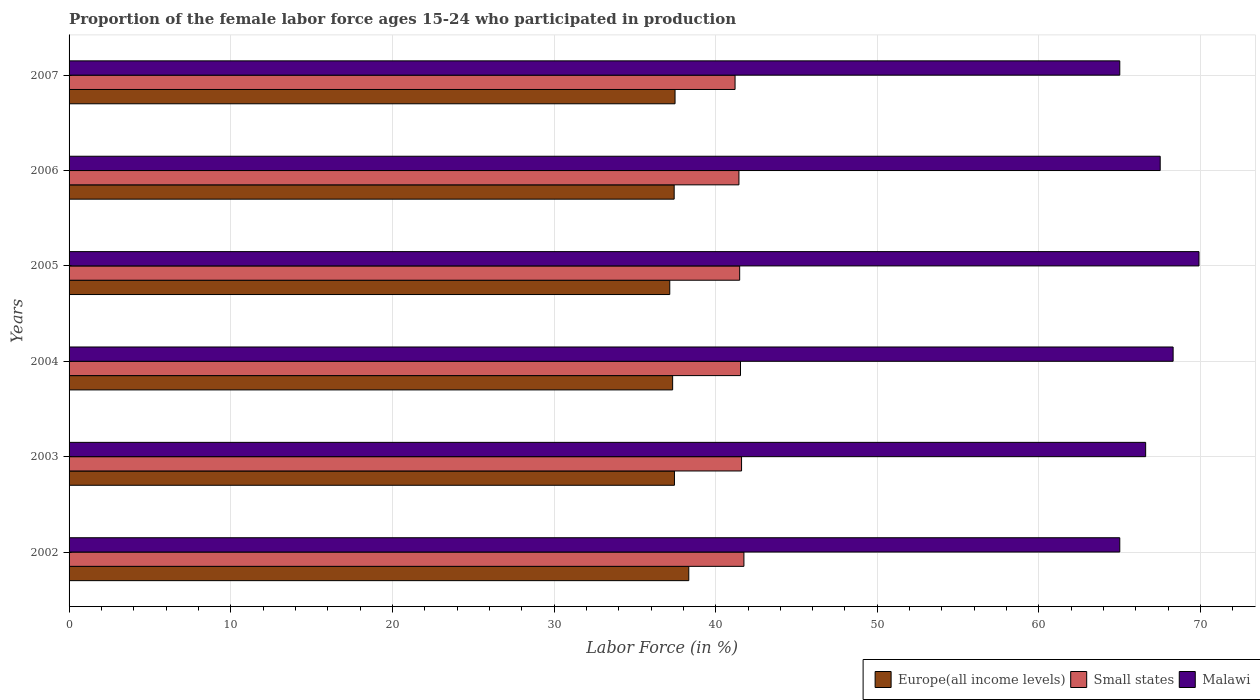
| Years | Europe(all income levels) | Small states | Malawi |
 | --- | --- | --- | --- |
 | 2002 | 38.3 | 41.7 | 65 |
 | 2003 | 37.5 | 41.6 | 66.6 |
 | 2004 | 37.3 | 41.5 | 68.3 |
 | 2005 | 37.2 | 41.5 | 69.9 |
 | 2006 | 37.4 | 41.4 | 67.5 |
 | 2007 | 37.5 | 41.2 | 65 |